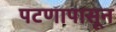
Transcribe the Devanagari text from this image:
पटणापासून